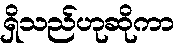
ရှိသည်ဟုဆိုကာ